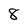
Character: 8